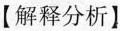
【解释分析】